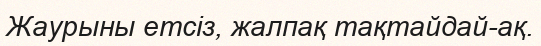
Жаурыны етсіз, жалпақ тақтайдай-ақ.